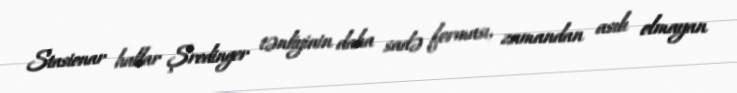
Stasionar hallar Şredinger tənliyinin daha sadə forması, zamandan asılı olmayan